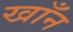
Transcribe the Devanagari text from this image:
खाँन